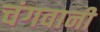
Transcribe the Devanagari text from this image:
चंगवानी